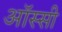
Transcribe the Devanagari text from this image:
ऑस्सी